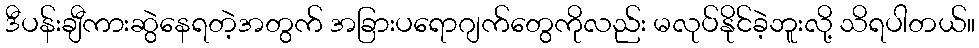
ဒီပန်းချီကားဆွဲနေရတဲ့အတွက် အခြားပရောဂျက်တွေကိုလည်း မလုပ်နိုင်ခဲ့ဘူးလို့ သိရပါတယ်။